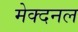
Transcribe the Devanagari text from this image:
मेक्दनल